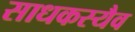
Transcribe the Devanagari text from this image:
साधकस्यैव